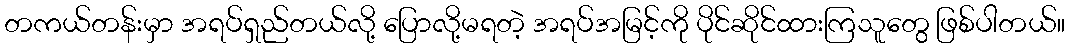
တကယ်တန်းမှာ အရပ်ရှည်တယ်လို့ ပြောလို့မရတဲ့ အရပ်အမြင့်ကို ပိုင်ဆိုင်ထားကြသူတွေ ဖြစ်ပါတယ်။